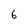
Character: 6